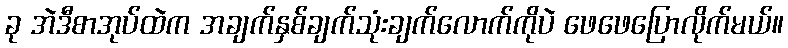
ခု အဲဒီစာအုပ်ထဲက အချက်နှစ်ချက်သုံးချက်လောက်ကိုပဲ ဖေဖေပြောလိုက်မယ်။